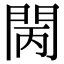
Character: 𨳵